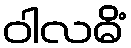
ဝါလဓိံ